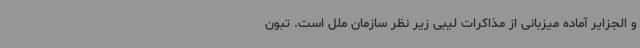
و الجزایر آماده میزبانی از مذاکرات لیبی زیر نظر سازمان ملل است. تبون